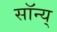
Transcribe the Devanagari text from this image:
सॉन्य्